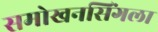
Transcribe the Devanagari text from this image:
समोखनसिंगला